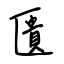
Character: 匱